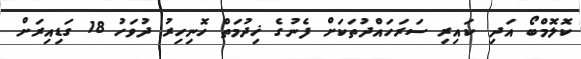
ކޮލޮމްބޯ އަދި ކައިރި ސަރަހައްދުތަކަށް ފެނުގެ ޚިދުމަތް ހޮނިހިރު ދުވަހު 18 ގަޑިއިރަށް